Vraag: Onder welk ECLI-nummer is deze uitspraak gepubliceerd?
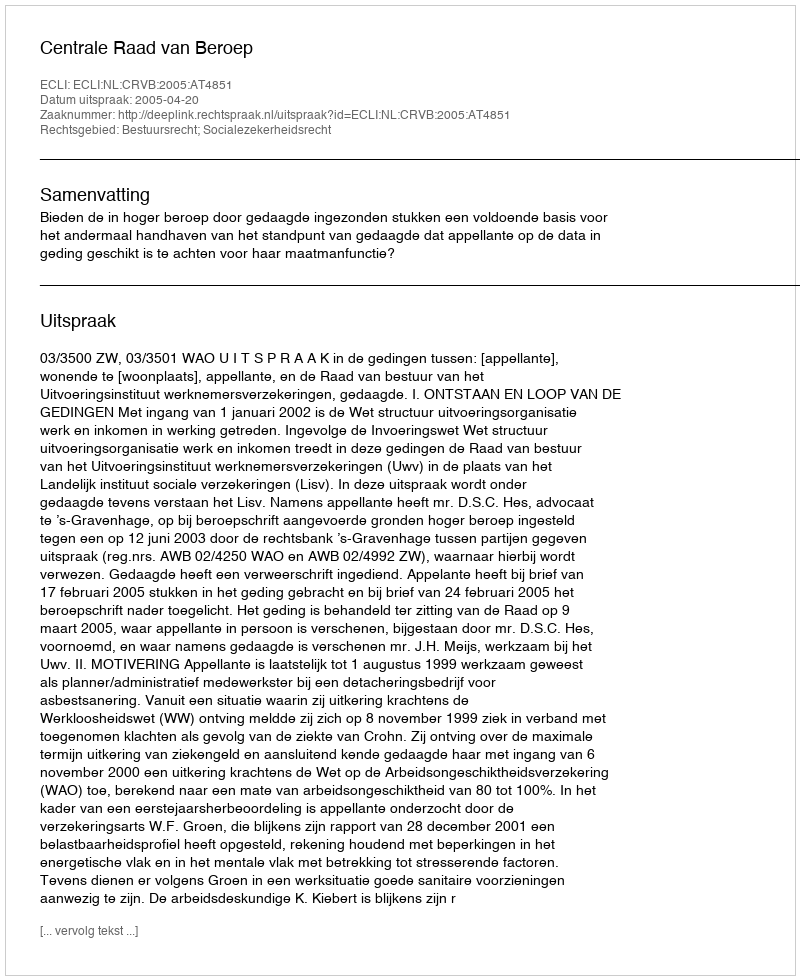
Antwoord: ECLI:NL:CRVB:2005:AT4851